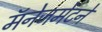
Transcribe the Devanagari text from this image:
मॅनेजमेंटने